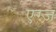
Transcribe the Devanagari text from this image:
एग्ज